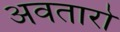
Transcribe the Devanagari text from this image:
अवतारो